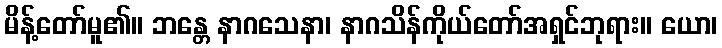
မိန့်တော်မူ၏။ ဘန္တေ နာဂသေနာ၊ နာဂသိန်ကိုယ်တော်အရှင်ဘုရား။ ယော၊